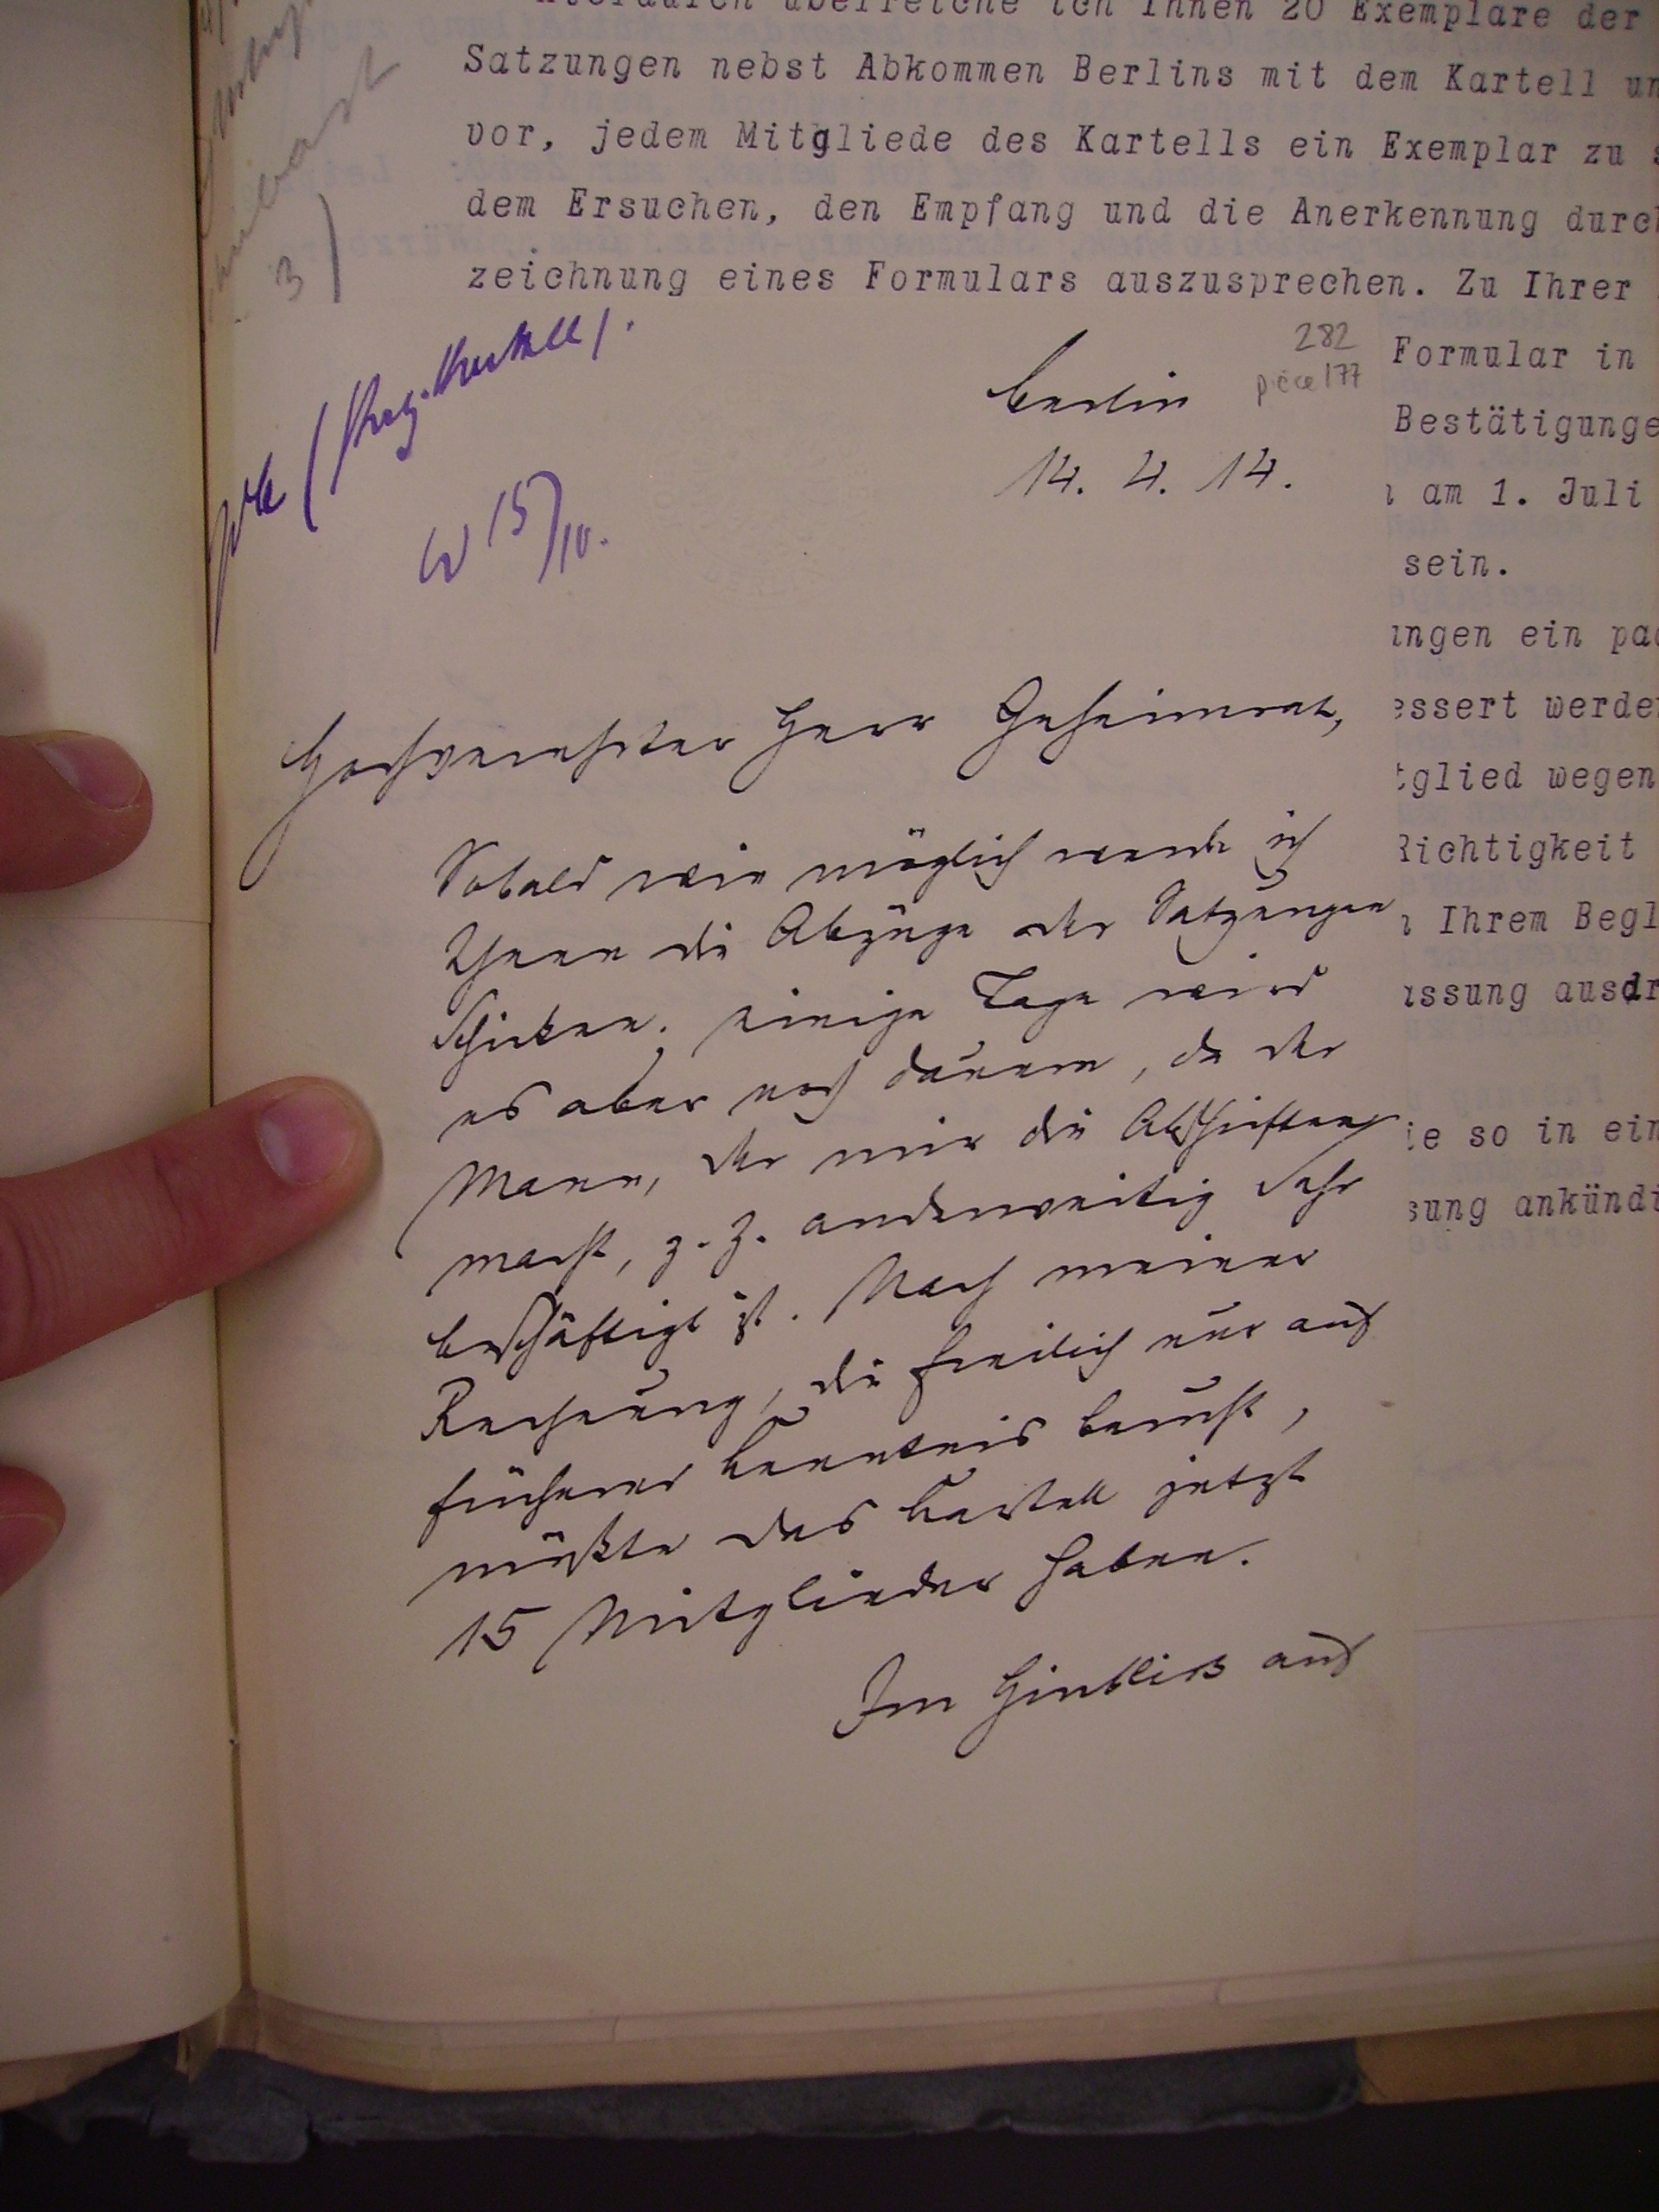
Berlin
14.4.14.

Hochverehrter Herr Geheimrat,
sobald wie möglich werde ich
Ihnen die Anzüge der Satzungen
schicken. einige Tage wird
es aber noch dauern, da der
Mann, der mir die Abschriften
macht z.Z. anderweitig sehr
beschäftigt ist. Nach meiner
Rechnung, die freilich nur auf
früherer Kenntnis beruht,
müßte das Kartell jetzt
15 Mitglieder haben.
Im Hinblick auf